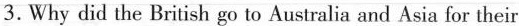
3.Why did the British go to Australia and Asia for their